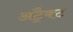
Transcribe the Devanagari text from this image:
अट्रैक्ट